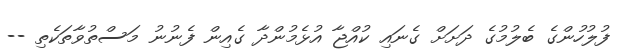
ފުލުހުންގެ ބެލުމުގެ ދަށަށް ގެނައި ކުއްޖާ އުޅެމުންދާ ގެއިން ފެނުނު މަސްތުވާތަކެތި --